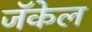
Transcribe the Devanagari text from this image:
जॅकेल